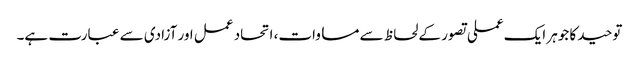
توحید کا جوہر ایک عملی تصور کے لحاظ سے مساوات، اتحاد عمل اور آزادی سے عبارت ہے۔